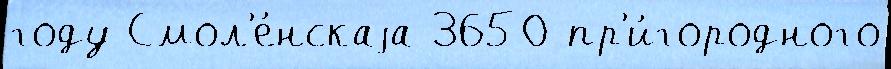
году Смол'е́нскаjа 3650 пр'и́городного